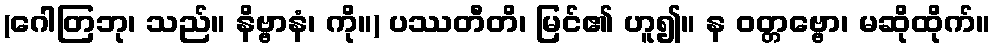
(ဂေါတြဘု၊ သည်။ နိဗ္ဗာနံ၊ ကို။) ပဿတီတိ၊ မြင်၏ ဟူ၍။ န ဝတ္တဗ္ဗော၊ မဆိုထိုက်။